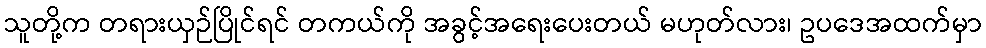
သူတို့က တရားယှဉ်ပြိုင်ရင် တကယ်ကို အခွင့်အရေးပေးတယ် မဟုတ်လား၊ ဥပဒေအထက်မှာ